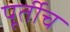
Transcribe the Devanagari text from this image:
पूर्तीच